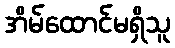
အိမ်ထောင်မရှိသူ